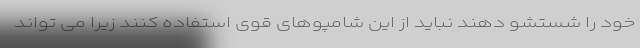
خود را شستشو دهند نباید از این شامپوهای قوی استفاده کنند زیرا می تواند